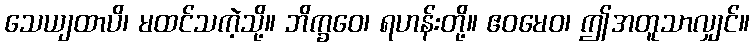
သေယျထာပိ၊ မထင်သကဲ့သို့။ ဘိက္ခဝေ၊ ရဟန်းတို့။ ဧဝမေဝ၊ ဤအတူသာလျှင်။